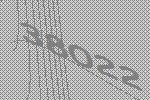
38022